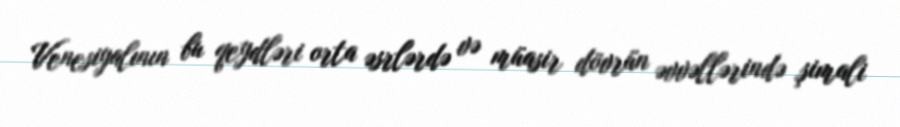
Venesiyalının bu qeydləri orta əsrlərdə və müasir dövrün əvvəllərində şimali